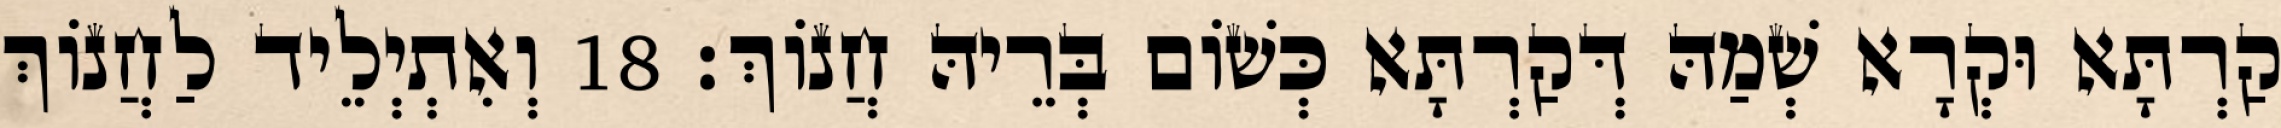
קַרְתָּא וּקְרָא שְׁמַהּ דְּקַרְתָּא כְּשׁוֹם בְּרֵיהּ חֲנוֹךְ׃ 18 וְאִתְיְלֵיד לַחֲנוֹךְ